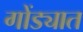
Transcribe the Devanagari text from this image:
गोंड्यात